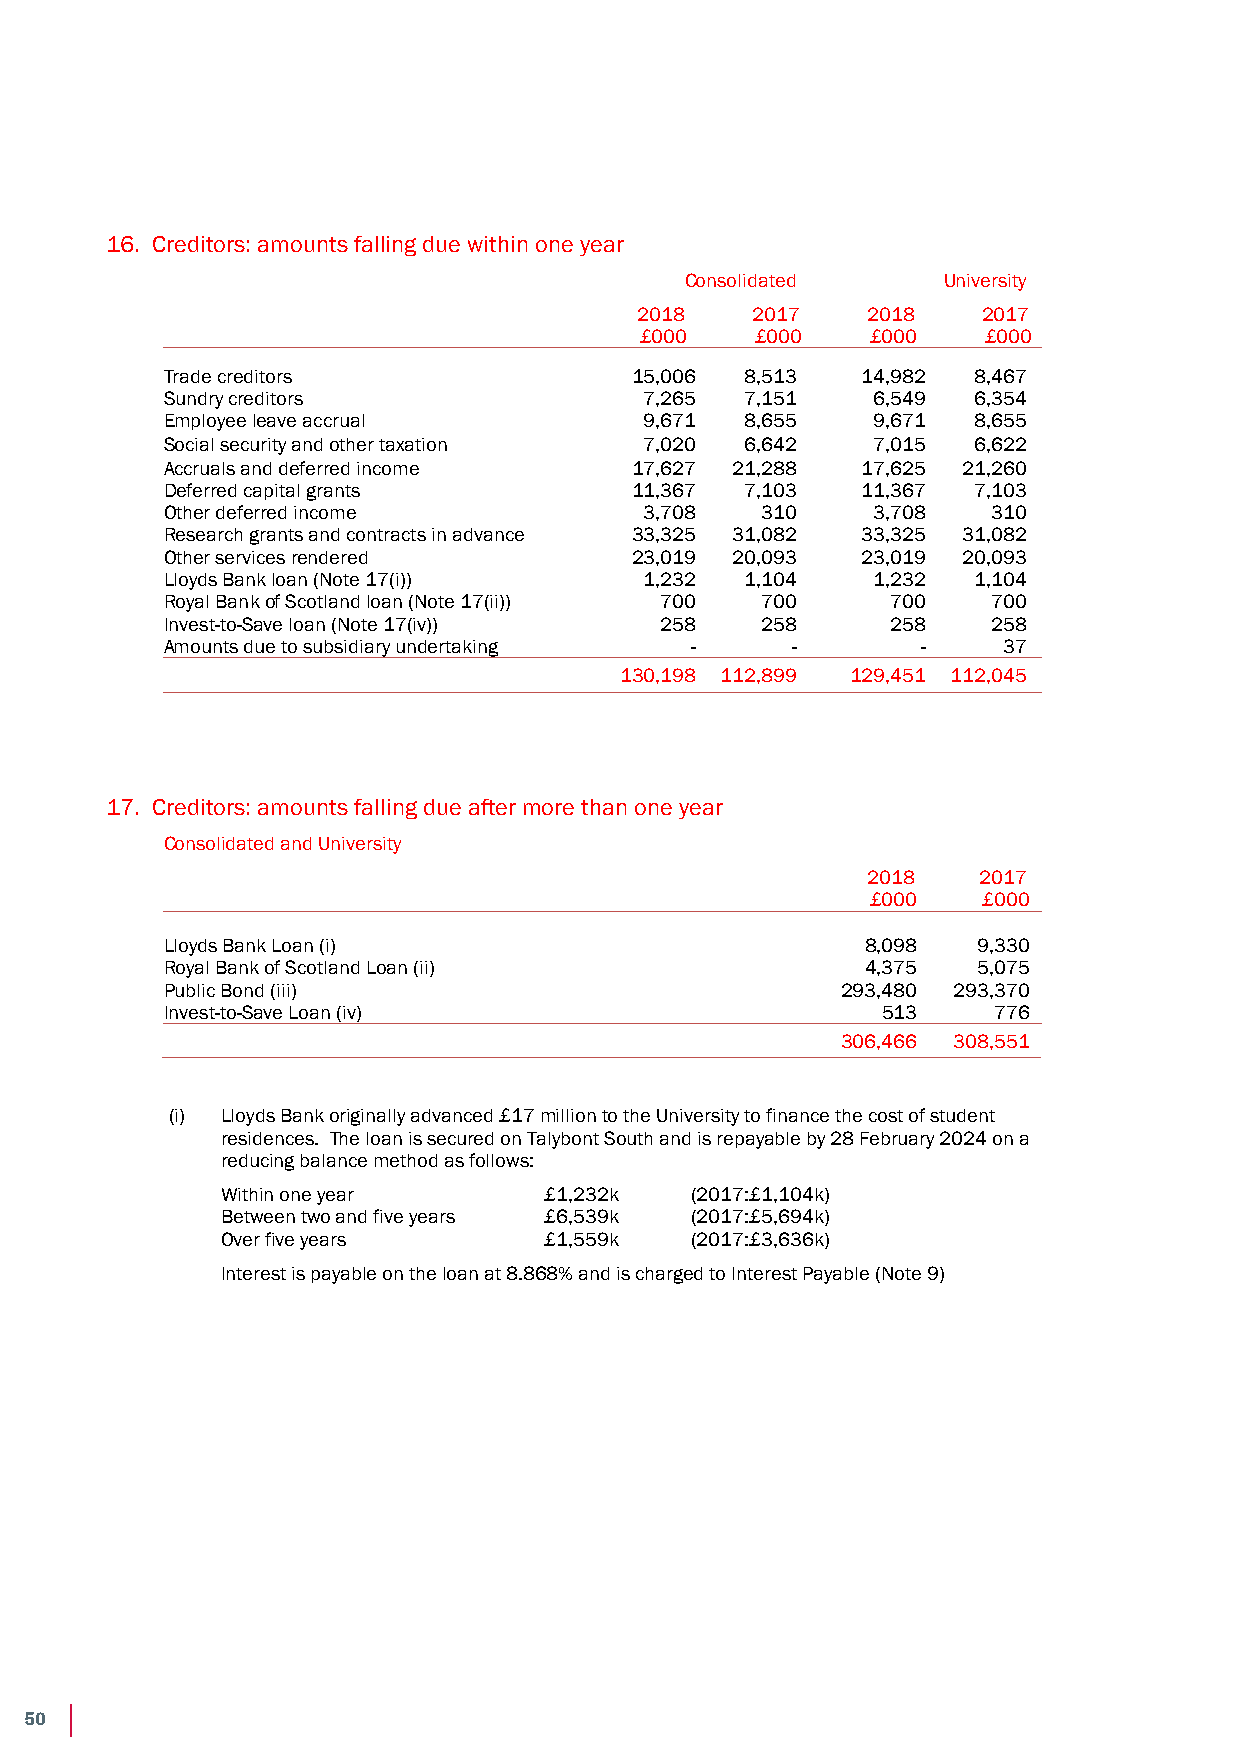
Notes to the Financial Statements
 Year ended 31 July 2018
 16. Creditors: amounts falling due within one year
 Consolidated     University
 2018    2017   2018    2017
 £000    £000    £000   £000
 Trade creditors                15,006 8,513   14,982 8,467
 Sundry creditors                7,265 7,151    6,549 6,354
 Employee leave accrual          9,671 8,655    9,671 8,655
 Social security and other taxation 7,020 6,642 7,015 6,622
 Accruals and deferred income   17,627 21,288  17,625 21,260
 Deferred capital grants        11,367 7,103   11,367 7,103
 Other deferred income           3,708  310     3,708   310
 Research grants and contracts in advance 33,325 31,082 33,325 31,082
 Other services rendered        23,019 20,093  23,019 20,093
 Lloyds Bank loan (Note 17(i))   1,232 1,104    1,232 1,104
 Royal Bank of Scotland loan (Note 17(ii)) 700 700 700  700
 Invest-to-Save loan (Note 17(iv)) 258  258      258    258
 Amounts due to subsidiary undertaking -  -        -    37
 130,198 112,899 129,451 112,045
 17. Creditors: amounts falling due after more than one year
 Consolidated and University
 2018    2017
 £000   £000
 Lloyds Bank Loan (i)                          8,098   9,330
 Royal Bank of Scotland Loan (ii)              4,375   5,075
 Public Bond (iii)                            293,480 293,370
 Invest-to-Save Loan (iv)                       513     776
 306,466 308,551
 (i) Lloyds Bank originally advanced £17 million to the University to finance the cost of student
 residences. The loan is secured on Talybont South and is repayable by 28 February 2024 on a
 reducing balance method as follows:
 Within one year      £1,232k   (2017:£1,104k)
 Between two and five years £6,539k (2017:£5,694k)
 Over five years      £1,559k   (2017:£3,636k)
 Interest is payable on the loan at 8.868% and is charged to Interest Payable (Note 9)
 45
 50